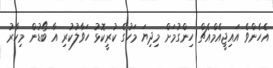
އެހެންވެ އައިޖީއެމްއެޗް ހިންގުމަށް މިދިޔަ މަހުގެ ކުރީކޮޅު ހަވާލުކުރި އާ ބޯޑުން މިހާރު